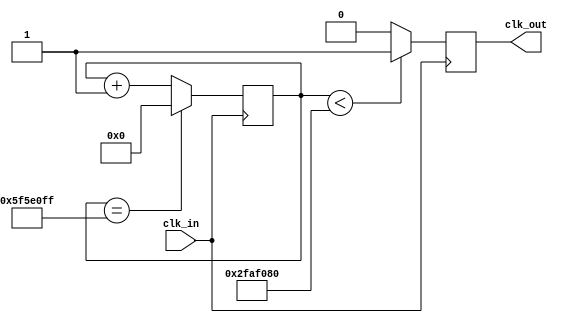

module clock_divider(input clk_in, output reg clk_out);

    reg [31:0] counter=32'd0;
    
    parameter divisor = 100000000;
    
    always@(posedge clk_in)
        begin
            if(counter==divisor-1)
                counter<=32'b0;
           else
            counter<=counter+1'b1;
                clk_out <= (counter<divisor/2)?1'b1:1'b0;
        end
    
endmodule